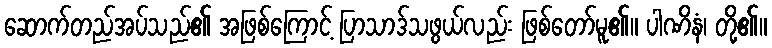
ဆောက်တည်အပ်သည်၏ အဖြစ်ကြောင့် ပြာသာဒ်သဖွယ်လည်း ဖြစ်တော်မူ၏။ ပါဏိနံ၊ တို့၏။